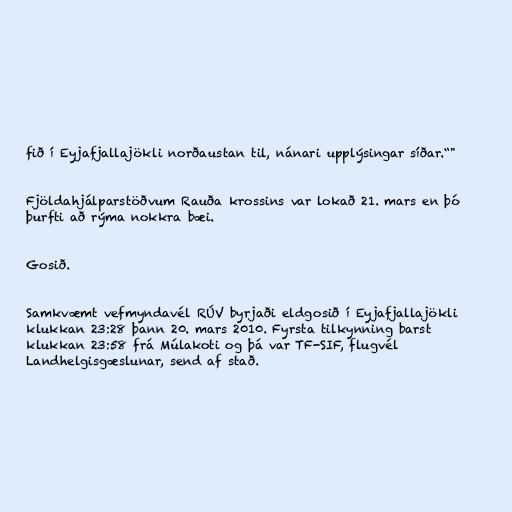
fið í Eyjafjallajökli norðaustan til, nánari upplýsingar síðar.“"

Fjöldahjálparstöðvum Rauða krossins var lokað 21. mars en þó
þurfti að rýma nokkra bæi.

Gosið.

Samkvæmt vefmyndavél RÚV byrjaði eldgosið í Eyjafjallajökli
klukkan 23:28 þann 20. mars 2010. Fyrsta tilkynning barst
klukkan 23:58 frá Múlakoti og þá var TF-SIF, flugvél
Landhelgisgæslunar, send af stað.